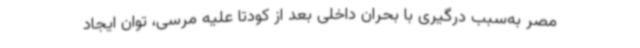
مصر به‌سبب درگیری با بحران داخلی بعد از کودتا علیه مرسی، توان ایجاد